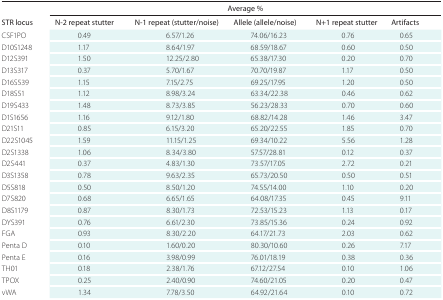
<table><thead><tr><td>[EMPTY_CELL]</td><td colspan="5"><b>Average %</b></td></tr><tr><td><b>STR locus</b></td><td><b>N-2 repeat stutter</b></td><td><b>N-1 repeat (stutter/noise)</b></td><td><b>Allele (allele/noise)</b></td><td><b>N+1 repeat stutter</b></td><td><b>Artifacts</b></td></tr></thead><tbody><tr><td>CSF1PO</td><td>0.49</td><td>6.57/1.26</td><td>74.06/16.23</td><td>0.76</td><td>0.65</td></tr><tr><td>D10S1248</td><td>1.17</td><td>8.64/1.97</td><td>68.59/18.67</td><td>0.60</td><td>0.50</td></tr><tr><td>D12S391</td><td>1.50</td><td>12.25/2.80</td><td>65.38/17.30</td><td>0.20</td><td>0.70</td></tr><tr><td>D13S317</td><td>0.37</td><td>5.70/1.67</td><td>70.70/19.87</td><td>1.17</td><td>0.50</td></tr><tr><td>D16S539</td><td>1.15</td><td>7.15/2.75</td><td>69.25/17.95</td><td>1.20</td><td>0.50</td></tr><tr><td>D18S51</td><td>1.12</td><td>8.98/3.24</td><td>63.34/22.38</td><td>0.46</td><td>0.62</td></tr><tr><td>D19S433</td><td>1.48</td><td>8.73/3.85</td><td>56.23/28.33</td><td>0.70</td><td>0.60</td></tr><tr><td>D1S1656</td><td>1.16</td><td>9.12/1.80</td><td>68.82/14.28</td><td>1.46</td><td>3.47</td></tr><tr><td>D21S11</td><td>0.85</td><td>6.15/3.20</td><td>65.20/22.55</td><td>1.85</td><td>0.70</td></tr><tr><td>D22S1045</td><td>1.59</td><td>11.15/1.25</td><td>69.34/10.22</td><td>5.56</td><td>1.28</td></tr><tr><td>D2S1338</td><td>1.06</td><td>8.34/3.80</td><td>57.57/28.81</td><td>0.12</td><td>0.37</td></tr><tr><td>D2S441</td><td>0.37</td><td>4.83/1.30</td><td>73.57/17.05</td><td>2.72</td><td>0.21</td></tr><tr><td>D3S1358</td><td>0.78</td><td>9.63/2.35</td><td>65.73/20.50</td><td>0.50</td><td>0.51</td></tr><tr><td>D5S818</td><td>0.50</td><td>8.50/1.20</td><td>74.55/14.00</td><td>1.10</td><td>0.20</td></tr><tr><td>D7S820</td><td>0.68</td><td>6.65/1.65</td><td>64.08/17.35</td><td>0.45</td><td>9.11</td></tr><tr><td>D8S1179</td><td>0.87</td><td>8.30/1.73</td><td>72.53/15.23</td><td>1.13</td><td>0.17</td></tr><tr><td>DYS391</td><td>0.76</td><td>6.61/2.30</td><td>73.85/15.36</td><td>0.24</td><td>0.92</td></tr><tr><td>FGA</td><td>0.93</td><td>8.30/2.20</td><td>64.17/21.73</td><td>2.03</td><td>0.62</td></tr><tr><td>Penta D</td><td>0.10</td><td>1.60/0.20</td><td>80.30/10.60</td><td>0.26</td><td>7.17</td></tr><tr><td>Penta E</td><td>0.16</td><td>3.98/0.99</td><td>76.01/18.19</td><td>0.38</td><td>0.36</td></tr><tr><td>TH01</td><td>0.18</td><td>2.38/1.76</td><td>67.12/27.54</td><td>0.10</td><td>1.06</td></tr><tr><td>TPOX</td><td>0.25</td><td>2.40/0.90</td><td>74.60/21.05</td><td>0.20</td><td>0.47</td></tr><tr><td>vWA</td><td>1.34</td><td>7.78/3.50</td><td>64.92/21.64</td><td>0.10</td><td>0.72</td></tr></tbody></table>